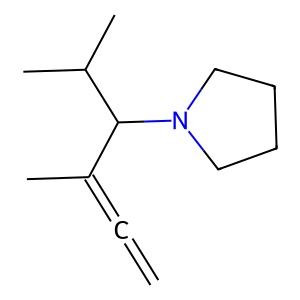
SMILES: C=C=C(C)C(C(C)C)N1CCCC1
Inhibits HIV replication: No